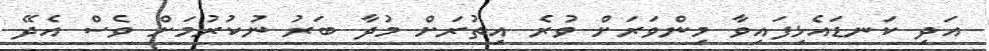
އަދި ކަނޑައެޅިފައިވާ މިންވަރަށް ވުރެ އިތުރަށް މުދާ ބަރު ނުކުރުމަށް ވެސް އެދޭ